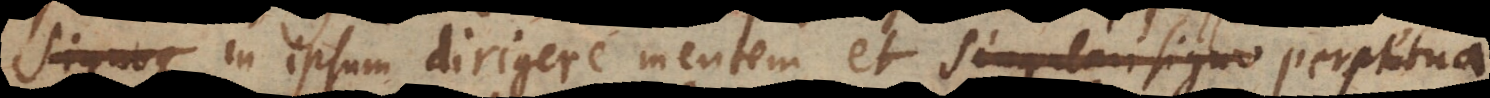
signoque in ipsum dirigere mentem, et singulari signo externo